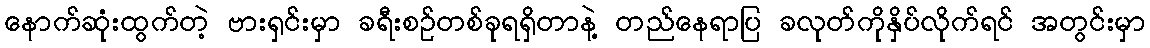
နောက်ဆုံးထွက်တဲ့ ဗားရှင်းမှာ ခရီးစဉ်တစ်ခုရရှိတာနဲ့ တည်နေရာပြ ခလုတ်ကိုနှိပ်လိုက်ရင် အတွင်းမှာ